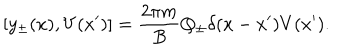
[ y _ { \pm } ( x ) , V ( x ^ { \prime } ) ] = { \frac { 2 \pi m } { B } } Q _ { \pm } \delta ( x - x ^ { \prime } ) V ( x ^ { \prime } ) .